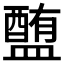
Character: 𥂹